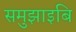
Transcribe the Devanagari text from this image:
समुझाइबि